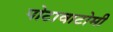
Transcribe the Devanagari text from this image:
पोटावाटोमी